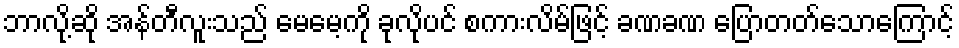
ဘာလို့ဆို အန်တီလူးသည် မေမေ့ကို ခုလိုပင် စကားလိမ်ဖြင့် ခဏခဏ ပြောတတ်သောကြောင့်